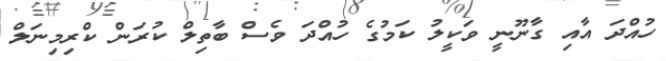
ހުއްދަ އާއި ގާނޫނީ ވަކީލު ކަމުގެ ހުއްދަ ވެސް ބާތިލް ކުރަން ކްރިމިނަލް